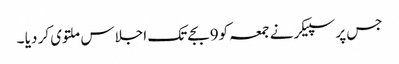
جس پر سپیکر نے جمعہ کو9بجے تک اجلاس ملتوی کر دیا ۔